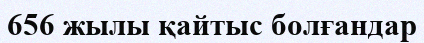
656 жылы қайтыс болғандар